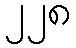
၂၂၈